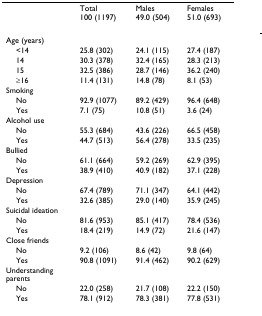
<table><thead><tr><td></td><td><b>Total100 (1197)</b></td><td><b>Males49.0 (504)</b></td><td><b>Females51.0 (693)</b></td></tr></thead><tbody><tr><td>Age (years)</td><td></td><td></td><td></td></tr><tr><td> &lt;14</td><td>25.8 (302)</td><td>24.1 (115)</td><td>27.4 (187)</td></tr><tr><td> 14</td><td>30.3 (378)</td><td>32.4 (165)</td><td>28.3 (213)</td></tr><tr><td> 15</td><td>32.5 (386)</td><td>28.7 (146)</td><td>36.2 (240)</td></tr><tr><td> ≥16</td><td>11.4 (131)</td><td>14.8 (78)</td><td>8.1 (53)</td></tr><tr><td>Smoking</td><td></td><td></td><td></td></tr><tr><td> No</td><td>92.9 (1077)</td><td>89.2 (429)</td><td>96.4 (648)</td></tr><tr><td> Yes</td><td>7.1 (75)</td><td>10.8 (51)</td><td>3.6 (24)</td></tr><tr><td>Alcohol use</td><td></td><td></td><td></td></tr><tr><td> No</td><td>55.3 (684)</td><td>43.6 (226)</td><td>66.5 (458)</td></tr><tr><td> Yes</td><td>44.7 (513)</td><td>56.4 (278)</td><td>33.5 (235)</td></tr><tr><td>Bullied</td><td></td><td></td><td></td></tr><tr><td> No</td><td>61.1 (664)</td><td>59.2 (269)</td><td>62.9 (395)</td></tr><tr><td> Yes</td><td>38.9 (410)</td><td>40.9 (182)</td><td>37.1 (228)</td></tr><tr><td>Depression</td><td></td><td></td><td></td></tr><tr><td> No</td><td>67.4 (789)</td><td>71.1 (347)</td><td>64.1 (442)</td></tr><tr><td> Yes</td><td>32.6 (385)</td><td>29.0 (140)</td><td>35.9 (245)</td></tr><tr><td>Suicidal ideation</td><td></td><td></td><td></td></tr><tr><td> No</td><td>81.6 (953)</td><td>85.1 (417)</td><td>78.4 (536)</td></tr><tr><td> Yes</td><td>18.4 (219)</td><td>14.9 (72)</td><td>21.6 (147)</td></tr><tr><td>Close friends</td><td></td><td></td><td></td></tr><tr><td> No</td><td>9.2 (106)</td><td>8.6 (42)</td><td>9.8 (64)</td></tr><tr><td> Yes</td><td>90.8 (1091)</td><td>91.4 (462)</td><td>90.2 (629)</td></tr><tr><td>Understanding parents</td><td></td><td></td><td></td></tr><tr><td> No</td><td>22.0 (258)</td><td>21.7 (108)</td><td>22.2 (150)</td></tr><tr><td> Yes</td><td>78.1 (912)</td><td>78.3 (381)</td><td>77.8 (531)</td></tr></tbody></table>